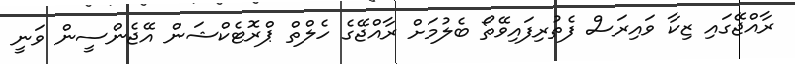
ރާއްޖޭގައި ޒިކާ ވައިރަސް ފެތުރިފައިވޭތޯ ބެލުމަށް ރާއްޖޭގެ ހެލްތް ޕްރޮޓެކްޝަން އޭޖެންސީން ވަނީ